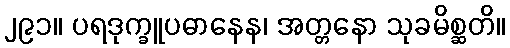
၂၉၁။ ပရဒုက္ခူပဓာနေန၊ အတ္တနော သုခမိစ္ဆတိ။